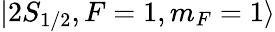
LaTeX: |2S_{1/2},F=1,m_{F}=1\rangle